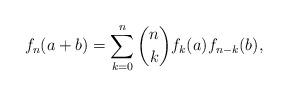
LaTeX: \begin{align*} f_n(a+b)=\sum_{k=0}^n\binom nkf_k(a)f_{n-k}(b),\end{align*}